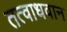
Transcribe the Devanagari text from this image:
तत्वाधवान